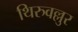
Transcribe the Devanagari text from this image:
थिरुवल्लुर